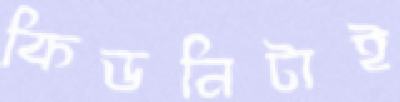
কিডনিটাই